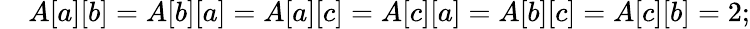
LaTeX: \quad A[a][b]=A[b][a]=A[a][c]=A[c][a]=A[b][c]=A[c][b]=2;